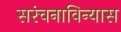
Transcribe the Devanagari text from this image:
सरंचनाविन्यास